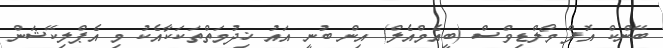
ބޭންކް އޮފް މޯލްޑިވްސް (ބީއެމްއެލް) އިން ބުނީ އައު ޚިދުމަތްތަކަކާއެކު މި އެޕްލިކޭޝަން